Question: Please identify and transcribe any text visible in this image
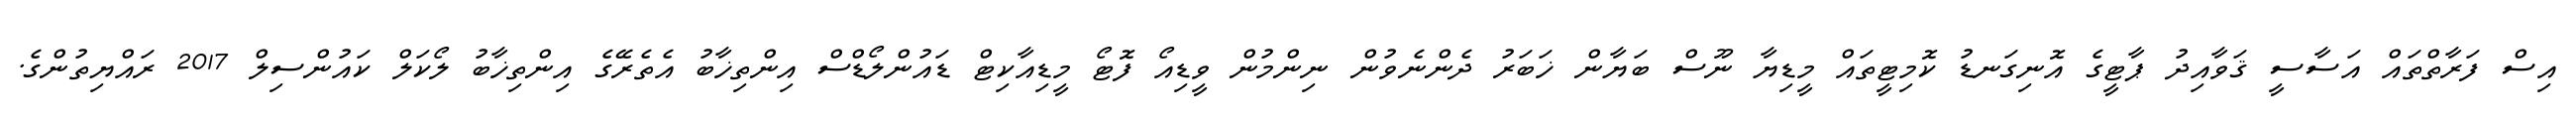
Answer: އިސް ފަރާތްތައް އަސާސީ ޤަވާއިދު ޕާޓީގެ އޮނިގަނޑު ކޮމިޓީތައް މީޑިޔާ ނޫސް ބަޔާން ޚަބަރު ދެންނެވުން ނިންމުން ވީޑިއޯ ފޮޓޯ މީޑިއާކިޓް ޑައުންލޯޑްސް އިންތިޚާބު އެތެރޭގެ އިންތިޚާބު ލޯކަލް ކައުންސިލް 2017 ރައްޔިތުންގެ.